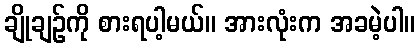
ချိုချဉ်ကို စားရပါ့မယ်။ အားလုံးက အခမဲ့ပါ။